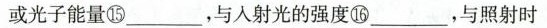
或光子能量⑮___，与入射光的强度⑯___，与照射时